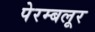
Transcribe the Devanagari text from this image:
पेरम्बलूर